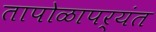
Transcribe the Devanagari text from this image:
तापोळापर्यंत